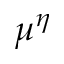
\mu ^ { \eta }